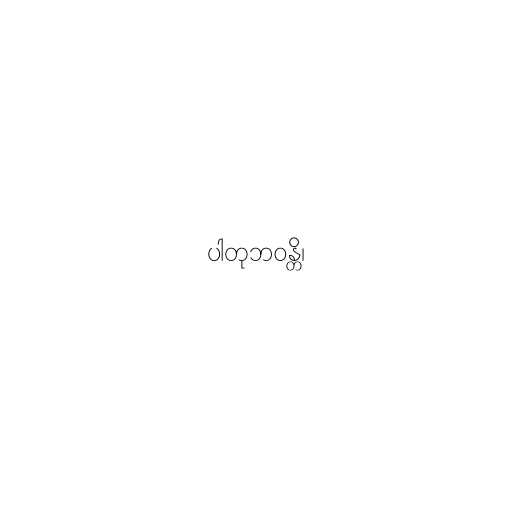
ပါတုဘဝန္တိ၊